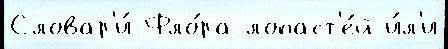
Словар'и́ Фло́ра лопаст'е́й и́л'и